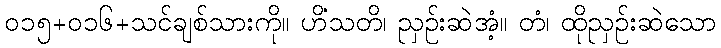
၀၁၅+၀၁၆+သင်ချစ်သားကို။ ဟိံသတိ၊ ညှဉ်းဆဲအံ့။ တံ၊ ထိုညှဉ်းဆဲသော